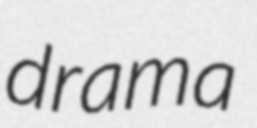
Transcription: drama